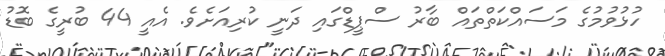
ހުޅުވުމުގެ މަސައްކަތްތައް ބާރު ސްޕީޑްގައި ދަނީ ކުރިއަށެވެ. އެއީ 44 ބުރީގެ ބޮޑު